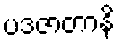
ပဒဇာတာနိ